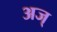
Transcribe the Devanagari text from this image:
अज्